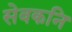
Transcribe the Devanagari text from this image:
सेवकनि